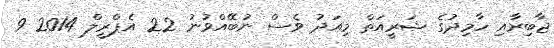
ޖާބިރާއި ހާމިދުގެ ޝަރީއަތް މިއަދު ވެސް ނުބޭއްވުނު 22 އެޕްރީލް 2014 9